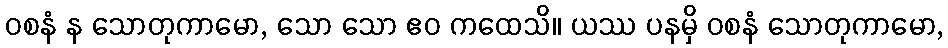
ဝစနံ န သောတုကာမော, သော သော ဧဝ ကထေသိ။ ယဿ ပနမှိ ဝစနံ သောတုကာမော,